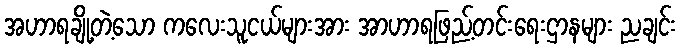
အဟာရချို့တဲ့သော ကလေးသူငယ်များအား အာဟာရဖြည့်တင်းရေးဌာနများ ညချင်း